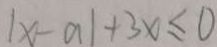
\vert x - a \vert + 3 x \leq 0